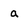
Character: a